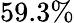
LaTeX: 59.3\%